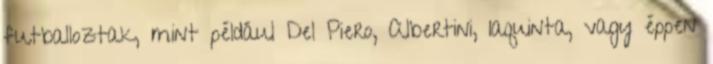
futballoztak, mint például Del Piero, Albertini, Iaquinta, vagy éppen